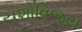
યશોવિજય